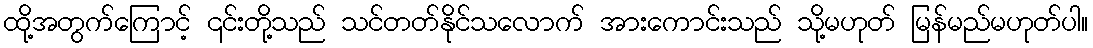
ထို့အတွက်ကြောင့် ၎င်းတို့သည် သင်တတ်နိုင်သလောက် အားကောင်းသည် သို့မဟုတ် မြန်မည်မဟုတ်ပါ။